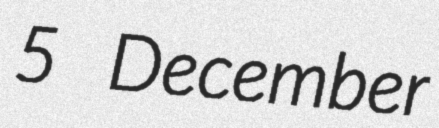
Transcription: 5 December